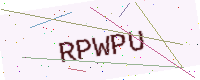
Text: RPWPU